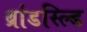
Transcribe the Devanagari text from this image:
ब्रांडस्ल्डि